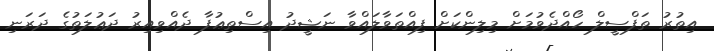
އިތުރު ތަފްސީލް ހޯއްދެވުމަށް މިލިންކަށް ފިއްތަވާލައްވާ ނަޝީދު އިސްތިޢުފާ ދެއްވިއިރު ދަޢުލަތުގެ ދަރަނި